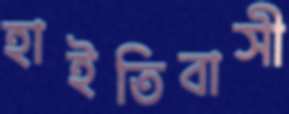
হাইতিবাসী